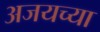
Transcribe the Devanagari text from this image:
अजयच्या